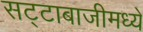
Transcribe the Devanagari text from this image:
सट्टाबाजीमध्ये